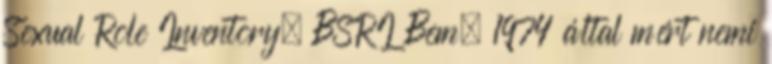
Sexual Role Inventory, BSRI Bem, 1974 által mért nemi